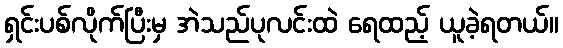
ရှင်းပစ်လိုက်ပြီးမှ အဲသည်ပုလင်းထဲ ရေထည့် ယူခဲ့ရတယ်။